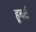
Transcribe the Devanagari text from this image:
हूबर्ट